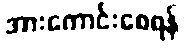
အားကောင်းစေရန်